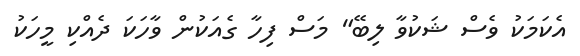
އެކަމަކު ވެސް ޝަކުވާ ލިބޭ" މަސް ފިހާ ގެއަކުން ވާހަކަ ދެއްކި މީހަކު